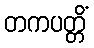
တကပတ္တိံ